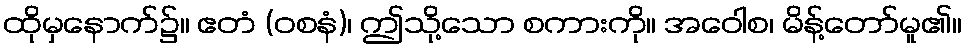
ထိုမှနောက်၌။ ဧတံ (ဝစနံ)၊ ဤသို့သော စကားကို။ အဝေါစ၊ မိန့်တော်မူ၏။